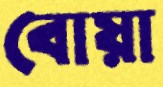
বোয়া